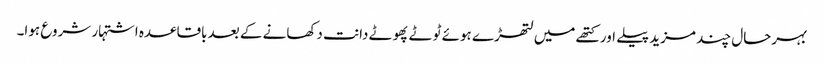
بہرحال چند مزید پیلے اور کتھے میں لتھڑے ہوئے ٹوٹے پھوٹے دانت دکھانے کے بعد باقاعدہ اشتہار شروع ہوا۔